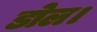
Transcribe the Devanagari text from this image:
डोल।